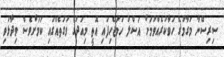
ސިރިސޭނާ މަގާމުގެ ހުވާކުރެއްވުމަށް އަސްލު ހަމަޖެހިފައި އޮތީ މިއަދުގެ ވަގުތެއްގައި ކަމަށްވެސް ވިދާޅުވި